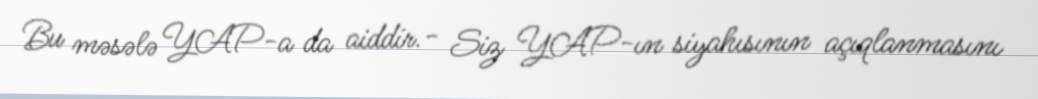
Bu məsələ YAP-a da aiddir.- Siz YAP-ın siyahısının açıqlanmasını